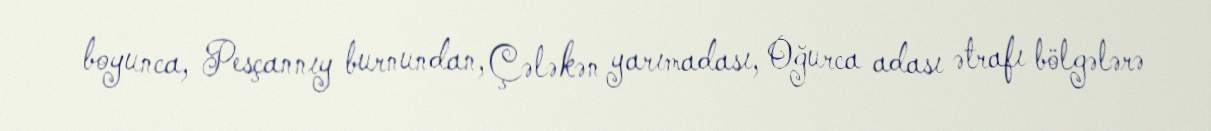
boyunca, Pesçannıy burnundan, Çələkən yarımadası, Oğurca adası ətrafı bölgələrə